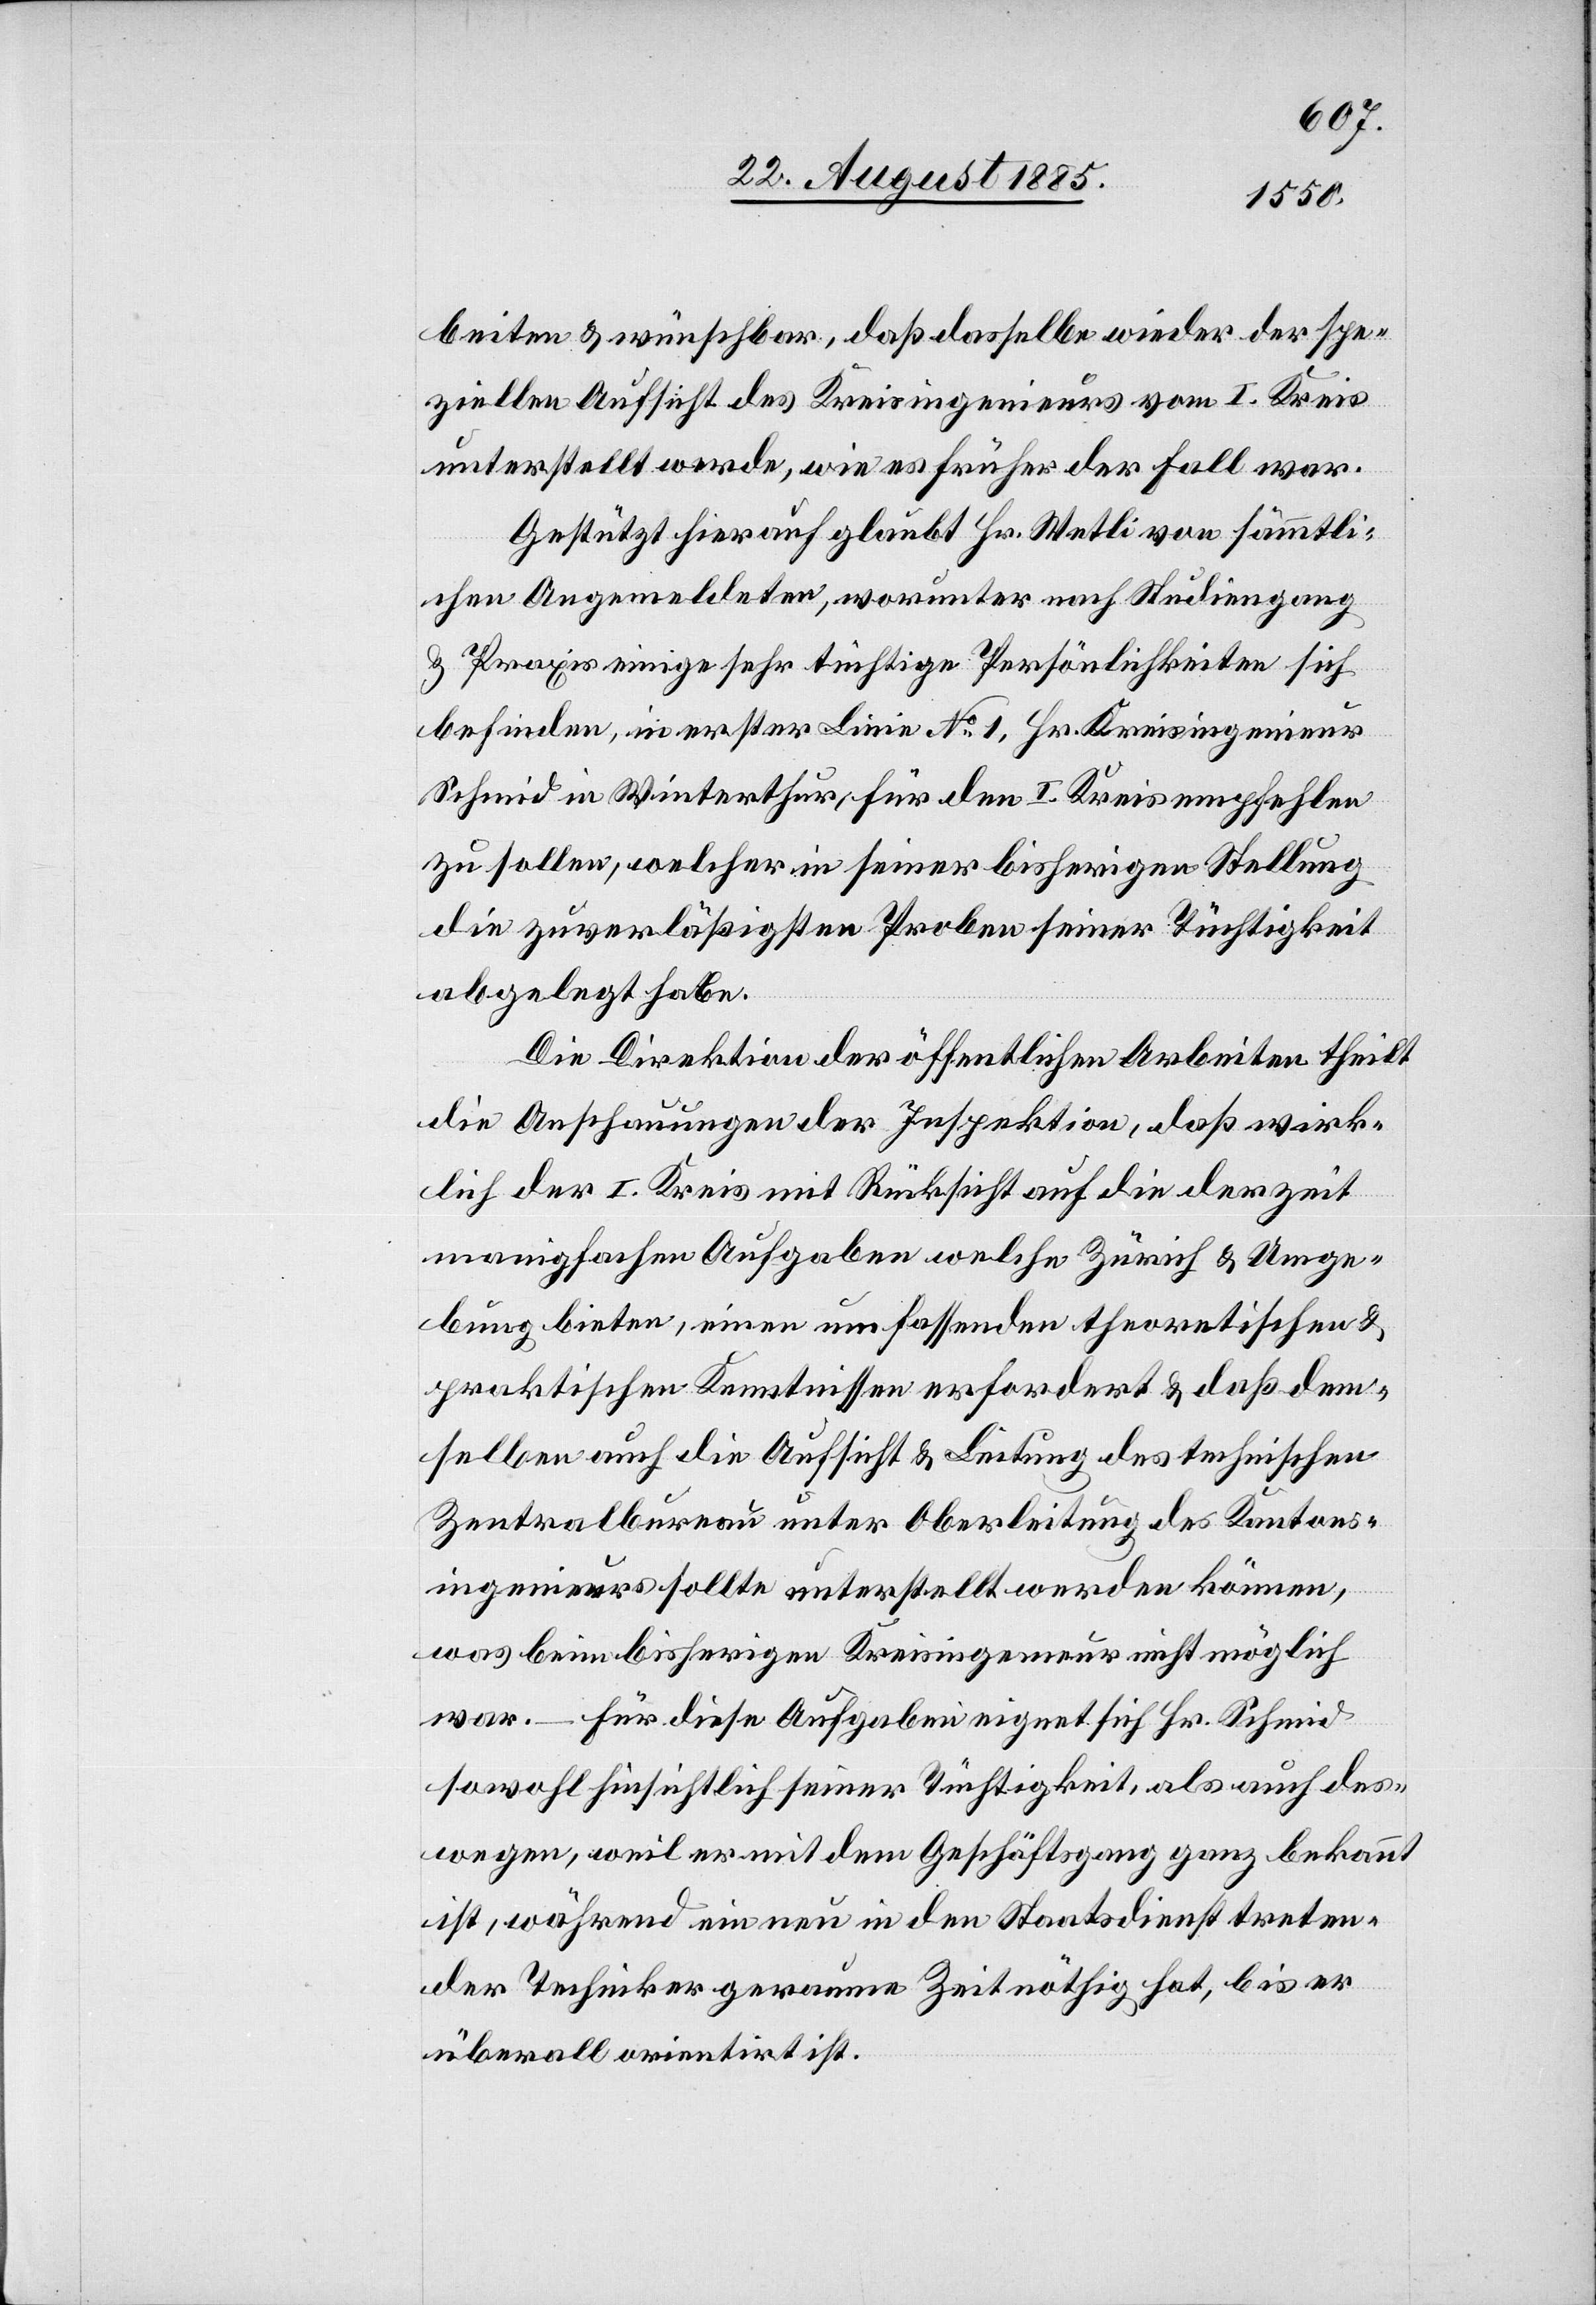
beiten & wünschbar, daß dasselbe wieder der spe¬
ziellen Aufsicht des Kreisingenieurs vom I. Kreis
unterstellt werde, wie es früher der Fall war.
Gestützt hierauf glaubt Hr. Wetli von sämmtli¬
chen Angemeldeten, worunter nach Studiengang
& Praxis einige sehr tüchtige Persönlichkeiten sich
befinden, in erster Linie No 1, Hr. Kreisingenieur
Schmid in Winterthur, für den I. Kreis empfehlen
zu sollen, welcher in seiner bisherigen Stellung
die zuverläßigsten Proben seiner Tüchtigkeit
abgelegt habe.
Die Direktion der öffentlichen Arbeiten theilt
die Anschauungen der Inspektion, daß wirk¬
lich der I. Kreis mit Rücksicht auf die derzeit
manigfachen Aufgaben welche Zürich & Umge¬
bung bieten, einen umfassenden theoretischen &
praktischen Kenntnissen erfordert [sic!] & daß dem¬
selben auch die Aufsicht & Leitung des technischen
Zentralbureau unter Oberleitung des Kantons¬
ingenieurs sollte unterstellt werden können,
was beim bisherigen Kreisingenieur nicht möglich
war. – Für diese Aufgaben eignet sich Hr. Schmid
sowohl hinsichtlich seiner Tüchtigkeit, als auch des¬
wegen, weil er mit dem Geschäftsgang ganz bekannt
ist, während ein neu in den Staatsdienst treten¬
der Techniker geraume Zeit nöthig hat, bis er
über all orientirt ist.